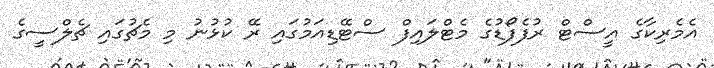
އެމެރިކާގެ އީސްޓް ރުފެފޯޑުގެ މެޓްލައިފް ސްޓޭޑިއަމުގައި ރޭ ކުޅުނު މި މެޗުގައި ޗެލްސީގެ